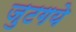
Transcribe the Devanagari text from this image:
जुटगये